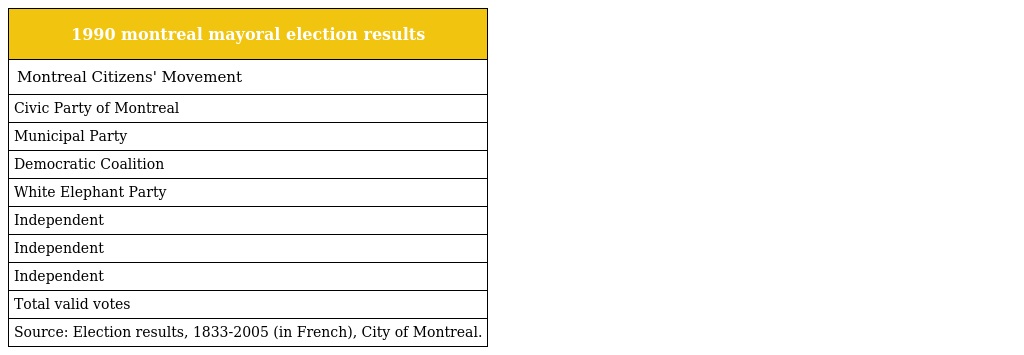
| 1990 montreal mayoral election results |
 | --- |
 | Montreal Citizens' Movement |
 | Civic Party of Montreal |
 | Municipal Party |
 | Democratic Coalition |
 | White Elephant Party |
 | Independent |
 | Independent |
 | Independent |
 | Total valid votes |
 | Source: Election results, 1833-2005 (in French), City of Montreal. |